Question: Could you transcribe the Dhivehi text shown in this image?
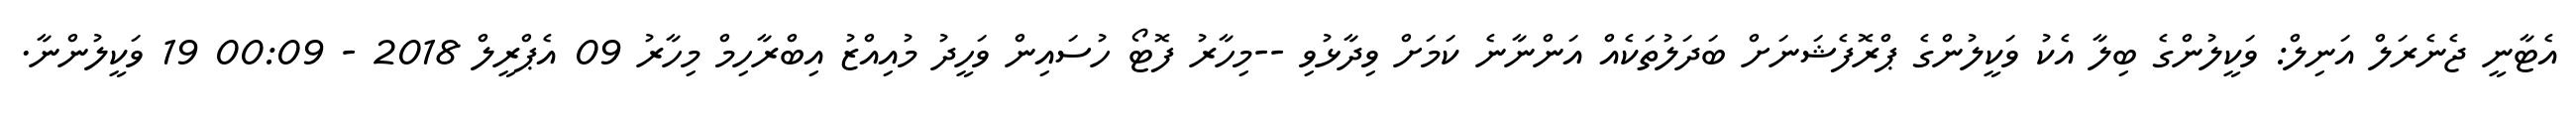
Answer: އެޓާނީ ޖެނެރަލް އަނިލް: ވަކީލުންގެ ބިލާ އެކު ވަކީލުންގެ ޕްރޮފެޝަނަށް ބަދަލުތަކެއް އަންނާނެ ކަމަށް ވިދާޅުވި --މިހާރު ފޮޓޯ ހުސައިން ވަހީދު މުއިއްޒު އިބްރާހިމް މިހާރު 09 އެޕްރީލް 2018 - 00:09 19 ވަކީލުންނާ.